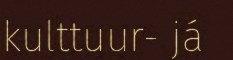
kulttuur- já